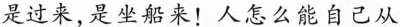
是过来，是坐船来！人怎么能自己从